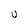
Character: U